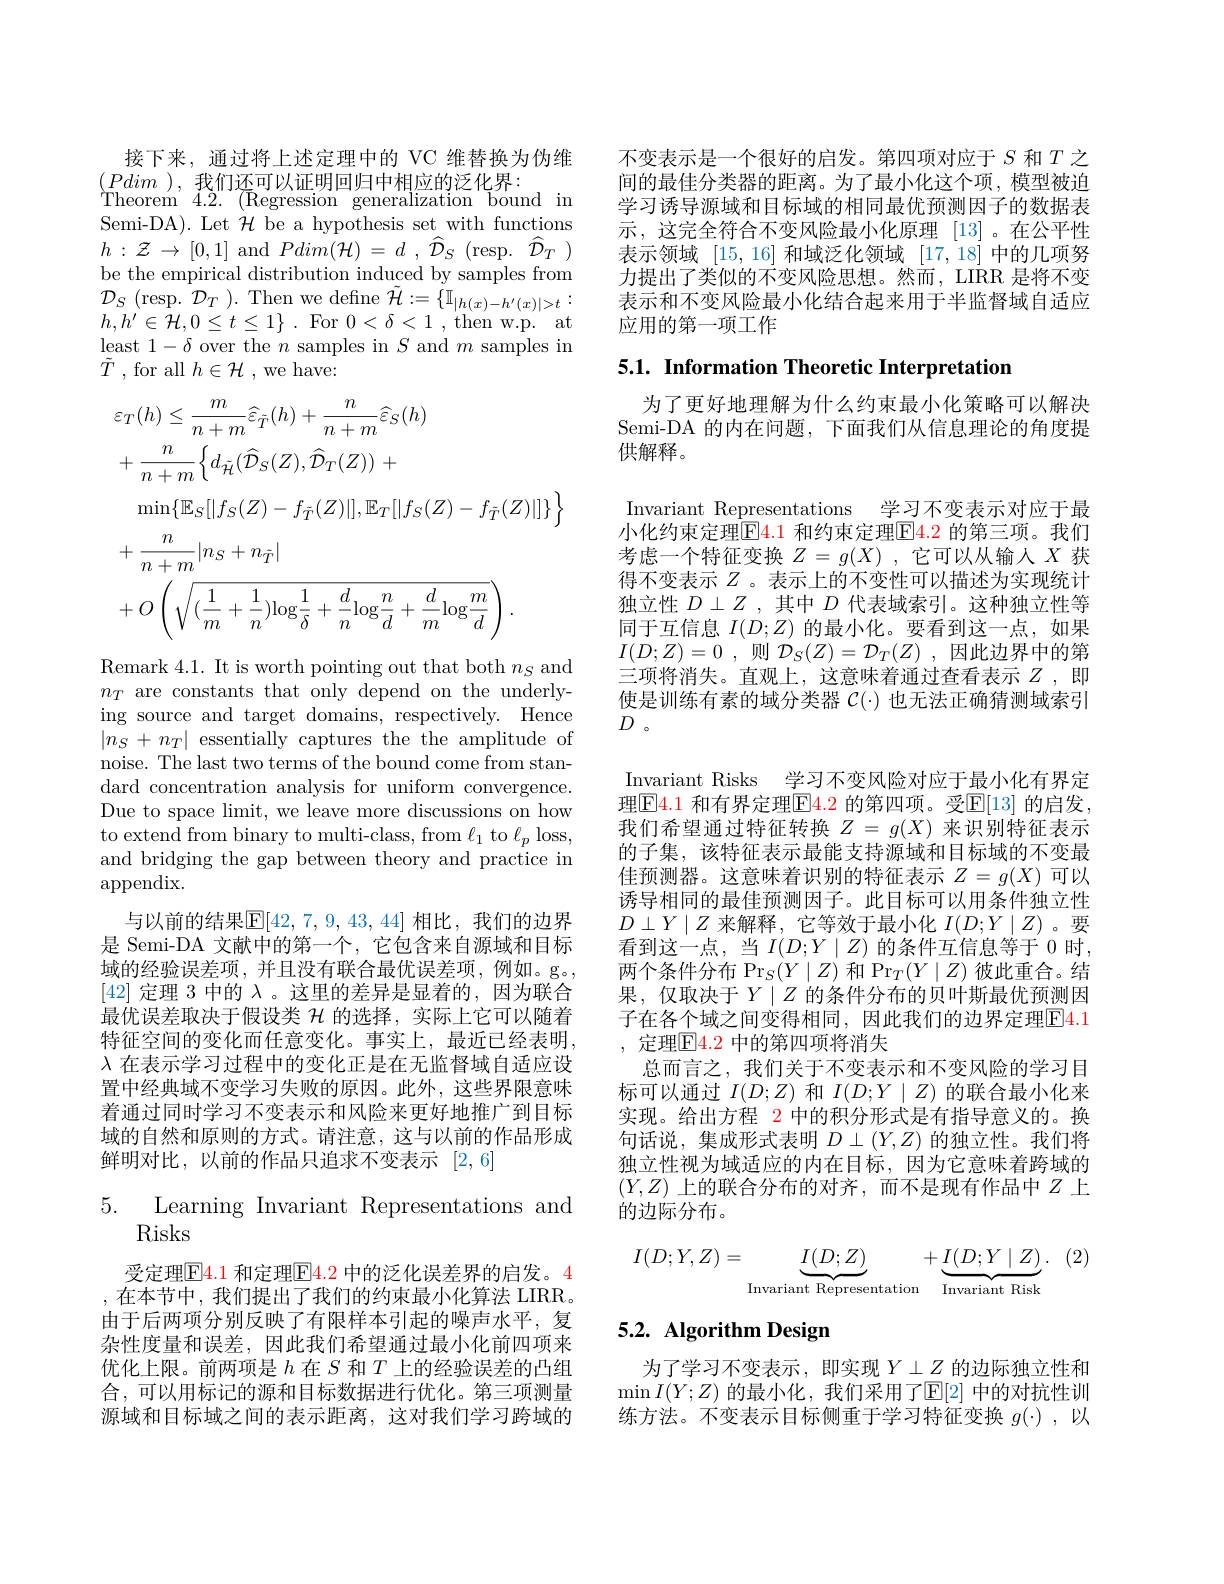
接下来，通过将上述定理中的 VC 维替换为伪维
$(Pdim)$,我们还可以证明回归中相应的泛化界：
Theorem 4.2. (Regression generalization bound in Semi-DA). Let $\mathcal{H}$ be a hypothesis set with functions $h:\mathcal{Z}\to[0,1]$ and $Pdim(\mathcal{H})=d~,~\hat{\mathcal{D}}_{S}~($resp.$~\hat{\mathcal{D}}_{T}~)$ be the empirical distribution induced by samples from $\mathcal{D} _{S}$ ( resp. $\mathcal{D} _{T}$ ) . Then we define $\tilde{\mathcal{H} } : = \{ \mathbb{I} _{| h( x) - h^{\prime }( x) | > t}:$ $h,h^{\prime}\in{\mathcal H},0\leq t\leq1\}.$For $0<\delta<1$,then w.p.at least $1-\delta$ over the $n$ samples in $S$ and $m$ samples in $\tilde{T}$ , for all $h\in \mathcal{H}$ ,we have:
$$\begin{aligned}&\varepsilon_{T}(h)\leq\frac{m}{n+m}\widehat{\varepsilon}_{\bar{T}}(h)+\frac{n}{n+m}\widehat{\varepsilon}_{S}(h)\\&+\frac{n}{n+m}\Big\{d_{\tilde{\mathcal{H}}}(\widehat{\mathcal{H}}_{S}(Z),\widehat{\mathcal{D}}_{T}(Z))\:+\\&\min\{\mathbb{E}_{S}[|f_{S}(Z)-f_{\bar{T}}(Z)|],\mathbb{E}_{T}[|f_{S}(Z)-f_{\bar{T}}(Z)|]\}\Big\}\\&+\frac{n}{n+m}|n_{S}+n_{\bar{T}}|\\&+O\left(\sqrt{(\frac{1}{m}+\frac{1}{n})\mathrm{log}\frac{1}{\delta}+\frac{d}{n}\mathrm{log}\frac{n}{d}+\frac{d}{m}\mathrm{log}\frac{m}{d}}\right).\end{aligned}$$
Remark 4.1. It is worth pointing out that both $n_S$ and $n_T$ are constants that only depend on the underlying source and target domains, respectively. Hence $|n_S+n_T|$ essentially captures the the amplitude of noise. The last two terms of the bound come from standard concentration analysis for uniform convergence. Due to space limit, we leave more discussions on how to extend from binary to multi-class, from $\ell_1$ to $\ell_p$ loss, and bridging the gap between theory and practice in appendix.
与以前的结果$\boxed{\mathrm{E}}[42,7,9,43,44]$ 相比，我们的边界是 Semi-DA 文献中的第一个，它包含来自源域和目标域的经验误差项，并且没有联合最优误差项，例如。g。, [42]定理 3 中的$\lambda$。这里的差异是显着的，因为联合最优误差取决于假设类$\mathcal{H}$的选择，实际上它可以随着特征空间的变化而任意变化。事实上，最近已经表明， $\lambda$在表示学习过程中的变化正是在无监督域自适应设置中经典域不变学习失败的原因。此外，这些界限意味着通过同时学习不变表示和风险来更好地推广到目标域的自然和原则的方式。请注意，这与以前的作品形成鲜明对比，以前的作品只追求不变表示[2,6]

5. Learning Invariant Representations and
# Risks

受定理$\boxed{\mathrm{F}}4.1$ 和定理$\boxed{\mathrm{F}}\color{red}{4.2}$ 中的泛化误差界的启发。4 ,在本节中，我们提出了我们的约束最小化算法 LIRR。由于后两项分别反映了有限样本引起的噪声水平，复杂性度量和误差，因此我们希望通过最小化前四项来优化上限。前两项是$h$在$S$和$T$上的经验误差的凸组合，可以用标记的源和目标数据进行优化。第三项测量源域和目标域之间的表示距离，这对我们学习跨域的

不变表示是一个很好的启发。第四项对应于$S$和$T$之间的最佳分类器的距离。为了最小化这个项，模型被迫学习诱导源域和目标域的相同最优预测因子的数据表示，这完全符合不变风险最小化原理[13] 。在公平性表示领域[15,16]和域泛化领域[17,18]中的几项努力提出了类似的不变风险思想。然而，LIRR 是将不变表示和不变风险最小化结合起来用于半监督域自适应应用的第一项工作

5.1. Information Theoretic Interpretation

为了更好地理解为什么约束最小化策略可以解决Semi-DA 的内在问题，下面我们从信息理论的角度提供解释。

Invariant Representations 学习不变表示对应于最小化约束定理$\boxed{\mathrm{E}}4.1$ 和约束定理$\boxed{\mathrm{F}}4.2$ 的第三项。我们考虑一个特征变换$Z=g(X)$,它可以从输入$X$获得不变表示$Z$ 。表示上的不变性可以描述为实现统计独立性$D\perp Z$ ,其中$D$代表域索引。这种独立性等同于互信息$I(D;Z)$的最小化。要看到这一点，如果$I( D; Z) = 0$ ,则 $\mathcal{D} _S( Z) = \mathcal{D} _T( Z)$ ,因此边界中的第三项将消失。直观上，这意味着通过查看表示$Z$ ,即使是训练有素的域分类器$\mathcal{C}(\cdot)$也无法正确猜测域索引$D$。
Invariant Risks 学习不变风险对应于最小化有界定理$\boxed{\mathrm{F}}\color{red}{4.1}$ 和有界定理$\boxed{\mathrm{F}}\color{red}{4.2}$ 的第四项。受$\mathbb{E}[13]$ 的启发， 我们希望通过特征转换$Z=g(X)$来识别特征表示的子集，该特征表示最能支持源域和目标域的不变最佳预测器。这意味着识别的特征表示$Z=g(X)$可以诱导相同的最佳预测因子。此目标可以用条件独立性$D\perp Y\mid Z$来解释，它等效于最小化$I(D;Y\mid Z)$。要看到这一点，当$I(D;Y\mid Z)$的条件互信息等于0时， 两个条件分布$\Pr_S(Y\mid Z)$和$\Pr_T(Y\mid Z)$彼此重合。结果，仅取决于$Y\mid Z$ 的条件分布的贝叶斯最优预测因子在各个域之间变得相同，因此我们的边界定理$\boxed{\mathrm{F}}4.1$ , 定理$\boxed{\mathrm{F}}4.2$ 中的第四项将消失
总而言之，我们关于不变表示和不变风险的学习目标可以通过$I(D;Z)$和$I(D;Y\mid Z)$的联合最小化来实现。给出方程 2 中的积分形式是有指导意义的。换句话说，集成形式表明$D\perp(Y,Z)$的独立性。我们将独立性视为域适应的内在目标，因为它意味着跨域的$(Y,Z)$ 上的联合分布的对齐，而不是现有作品中$Z$ 上的边际分布。
$$I(D;Y,Z)=\underbrace{I(D;Z)}_{\text{Invariant Representation}}+\underbrace{I(D;Y\mid Z)}_{\text{Invariant Risk}}.$$
## 5.2. Algorithm Design

为了学习不变表示，即实现$Y\perp\underline{Z}$的边际独立性和$\operatorname*{min}I(Y;Z)$ 的最小化，我们采用了$\mathbb{E}[2]$ 中的对抗性训练方法。不变表示目标侧重于学习特征变换$g(\cdot)$,以